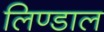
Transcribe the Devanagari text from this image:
लिण्डाल